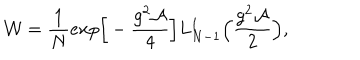
LaTeX: { \cal W } = \frac { 1 } { N } e x p \Big [ - \frac { g ^ { 2 } \cal A } { 4 } \Big ] L _ { N - 1 } ^ { 1 } \Bigl ( \frac { g ^ { 2 } { \cal A } } { 2 } \Bigr ) ,